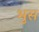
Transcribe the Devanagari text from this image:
भुस